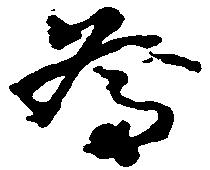
為